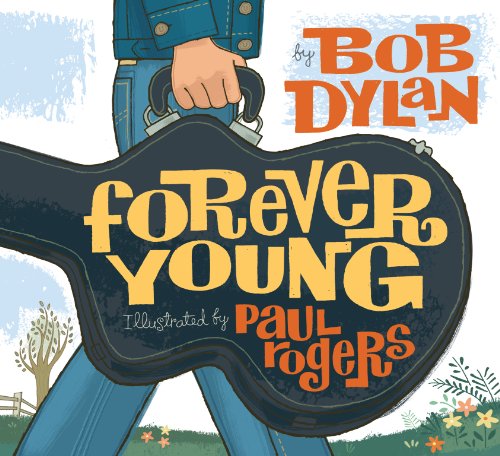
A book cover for Forever Young; Bob Dylan; Children's Books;